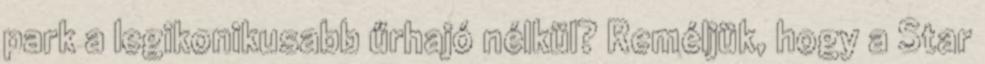
park a legikonikusabb űrhajó nélkül? Reméljük, hogy a Star